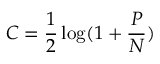
C = { \frac { 1 } { 2 } } \log ( 1 + { \frac { P } { N } } )